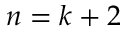
n = k + 2